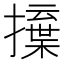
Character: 𢶳